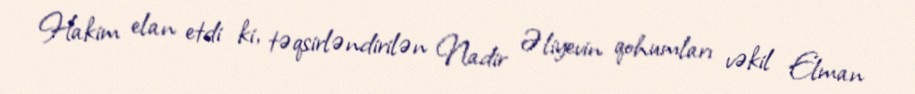
Hakim elan etdi ki, təqsirləndirilən Nadir Əliyevin qohumları vəkil Elman